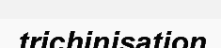
trichinisation